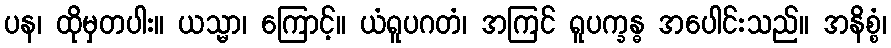
ပန၊ ထိုမှတပါး။ ယသ္မာ၊ ကြောင့်။ ယံရူပဂတံ၊ အကြင် ရူပက္ခန္ဓ အပေါင်းသည်။ အနိစ္စံ၊